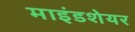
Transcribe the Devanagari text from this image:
माइंडशेयर